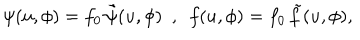
\psi ( u , \phi ) = f _ { 0 } \, \tilde { \psi } ( u , \phi ) \ \ , \ \ f ( u , \phi ) = f _ { 0 } \, \tilde { f } ( u , \phi ) ,